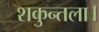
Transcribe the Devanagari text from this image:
शकुन्तला।